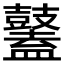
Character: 𪔮